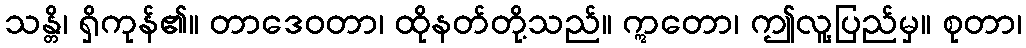
သန္တိ၊ ရှိကုန်၏။ တာဒေဝတာ၊ ထိုနတ်တို့သည်။ ဣတော၊ ဤလူ့ပြည်မှ။ စုတာ၊